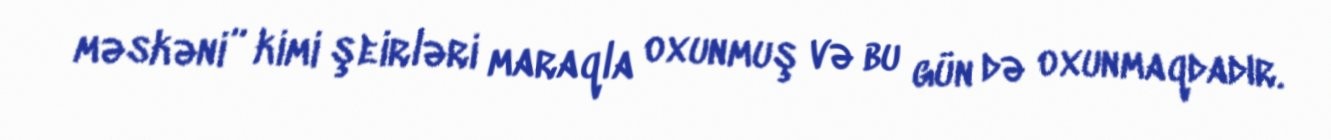
məskəni” kimi şeirləri maraqla oxunmuş və bu gün də oxunmaqdadır.